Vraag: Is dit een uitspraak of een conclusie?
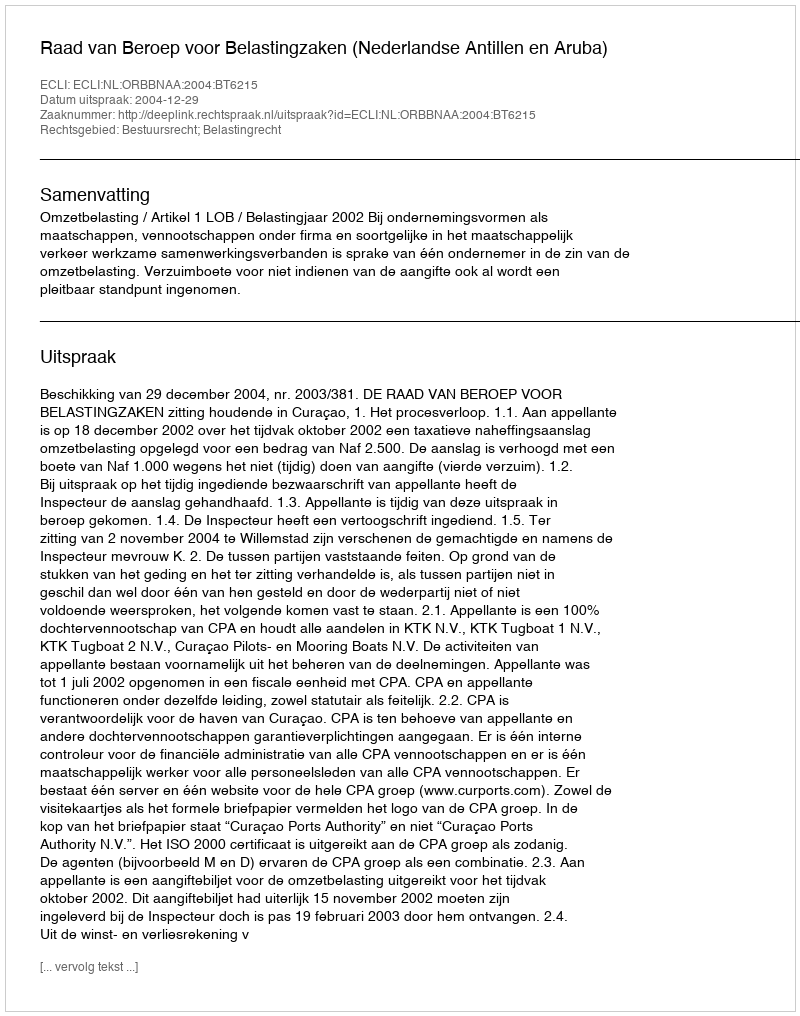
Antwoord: Uitspraak